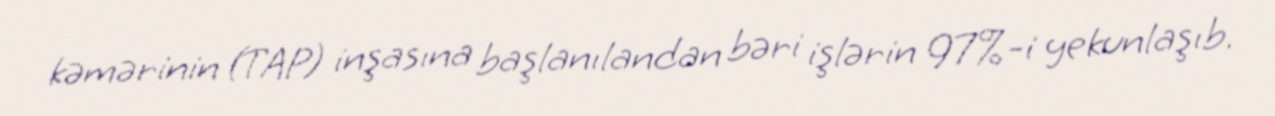
kəmərinin (TAP) inşasına başlanılandan bəri işlərin 97%-i yekunlaşıb.